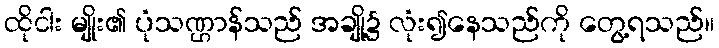
ထိုငါး မျိုး၏ ပုံသဏ္ဌာန်သည် အချို့၌ လုံး၍နေသည်ကို တွေ့ရသည်။